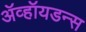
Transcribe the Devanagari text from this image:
ॲव्हॉयडन्स